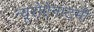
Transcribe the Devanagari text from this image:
न्यूरोऐनाटमी